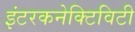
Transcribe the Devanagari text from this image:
इंटरकनेक्टिविटी